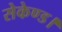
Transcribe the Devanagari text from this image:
सेकेण्ड।